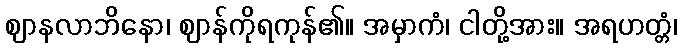
ဈာနလာဘိနော၊ ဈာန်ကိုရကုန်၏။ အမှာကံ၊ ငါတို့အား။ အရဟတ္တံ၊